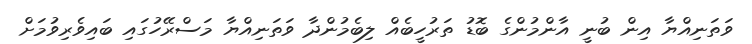
ވަތަނިއްޔާ އިން ބުނީ އާންމުންގެ ބޮޑު ތަރުހީބެއް ލިބެމުންދާ ވަތަނިއްޔާ މަސްރޭހުގައި ބައިވެރިވުމަށް